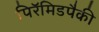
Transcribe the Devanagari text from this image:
पिरॅमिडपैकी